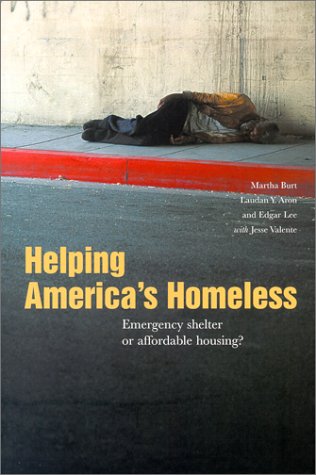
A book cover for Helping America's Homeless: Emergency Shelter or Affordable Housing?; Laudan Aron; Law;